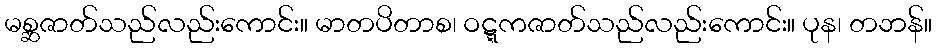
မစ္ဆဇာတ်သည်လည်းကောင်း။ မာတပိတာစ၊ ဝဋ္ဋကဇာတ်သည်လည်းကောင်း။ ပုန၊ တဘန်။